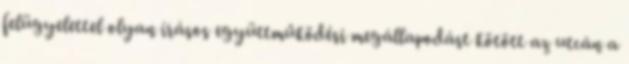
felügyelettel olyan írásos együttműködési megállapodást kötött az utcán a